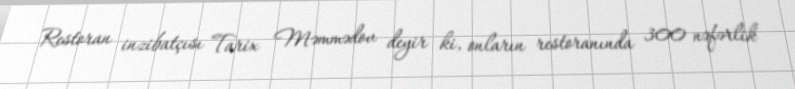
Restoran inzibatçısı Tarix Məmmədov deyir ki, onların restoranında 300 nəfərlik